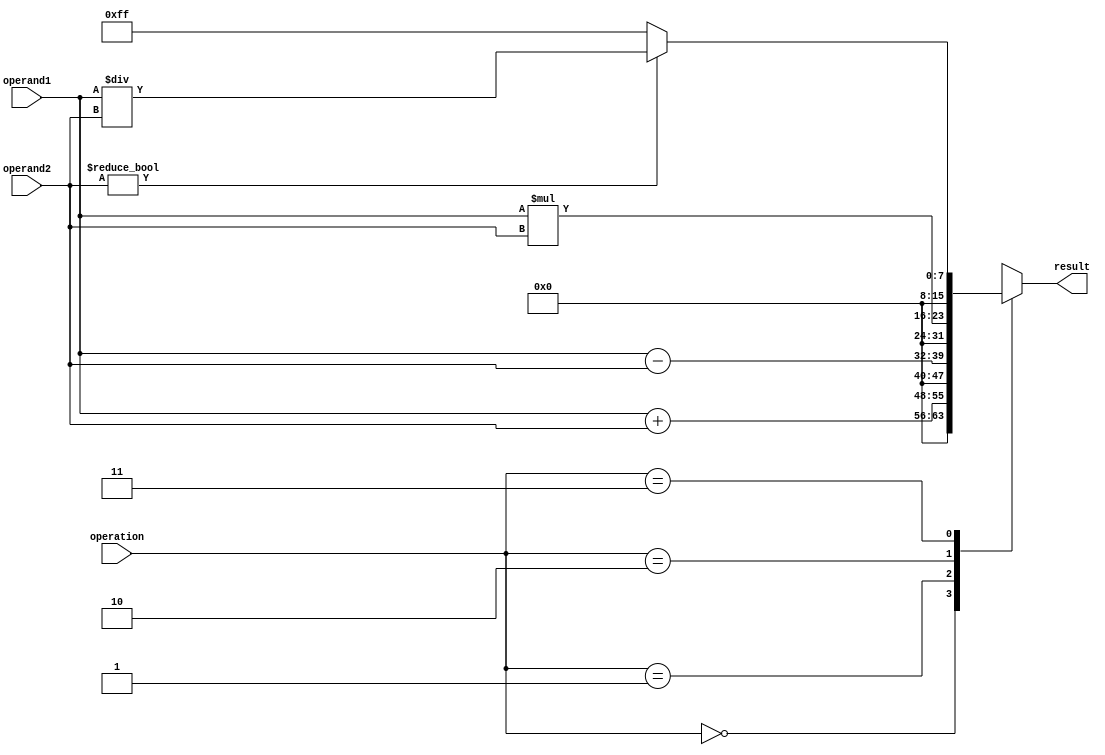
module ComplexALU (
    input [7:0] operand1,
    input [7:0] operand2,
    input [1:0] operation,
    output reg [15:0] result
);

reg [7:0] add_result, subtract_result, multiply_result, divide_result;

always @(*)
begin
    case(operation)
        2'b00: begin // Addition
            add_result = operand1 + operand2;
            result = add_result;
        end
        2'b01: begin // Subtraction
            subtract_result = operand1 - operand2;
            result = subtract_result;
        end
        2'b10: begin // Multiplication
            multiply_result = operand1 * operand2;
            result = multiply_result;
        end
        2'b11: begin // Division
            if(operand2 != 0)
                divide_result = operand1 / operand2;
            else
                divide_result = 8'hFF; // Set to max value if dividing by 0
            result = divide_result;
        end
    endcase
end

endmodule